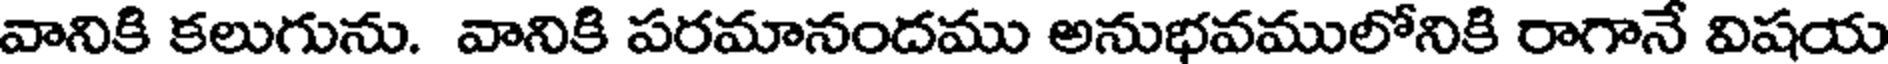
వానికి కలుగును. వానికి పరమానందము అనుభవములోనికి రాగానే విషయ